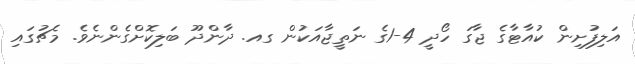
އަލިފުށިން ކުއާޓާގެ ޖާގަ ހޯދީ 4-1ގެ ނަތީޖާއަކުން ގއ. ދާންދޫ ބަލިކޮށްގެންނެވެ. މެޗުގައި